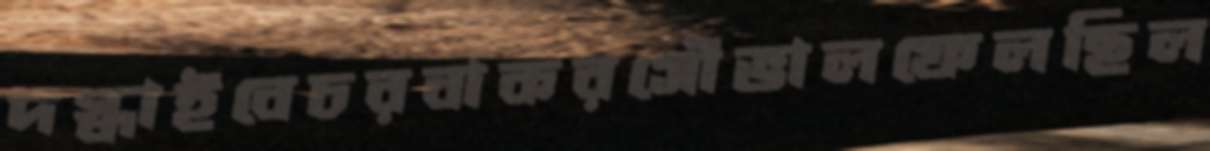
দগ্ধাইবেচরবাকরসৌভালফেলছিল